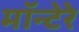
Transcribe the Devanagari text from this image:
मॉन्टेरे